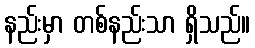
နည်းမှာ တစ်နည်းသာ ရှိသည်။